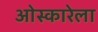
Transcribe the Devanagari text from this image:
ओस्कारेला